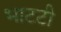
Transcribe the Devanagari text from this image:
भाटटी